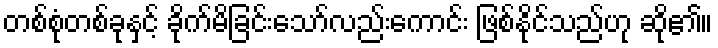
တစ်စုံတစ်ခုနှင့် ခိုက်မိခြင်းသော်လည်းကောင်း ဖြစ်နိုင်သည်ဟု ဆို၏။